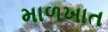
માળખાત